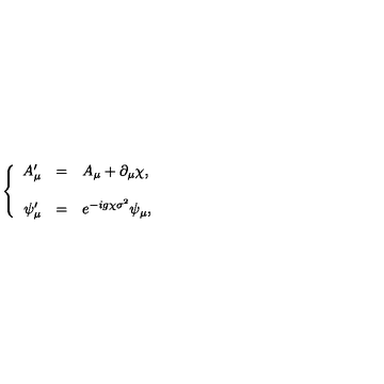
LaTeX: \left\{ \begin{array} { r c l } { A _ { \mu } ^ { \prime } } & { = } & { A _ { \mu } + \partial _ { \mu } \chi , } \\ { } & { } & { } \\ { \psi _ { \mu } ^ { \prime } } & { = } & { e ^ { - i g \chi \sigma ^ { 2 } } \psi _ { \mu } , } \\ \end{array} \right.